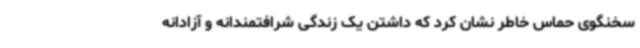
سخنگوی حماس خاطر نشان کرد که داشتن یک زندگی شرافتمندانه و آزادانه